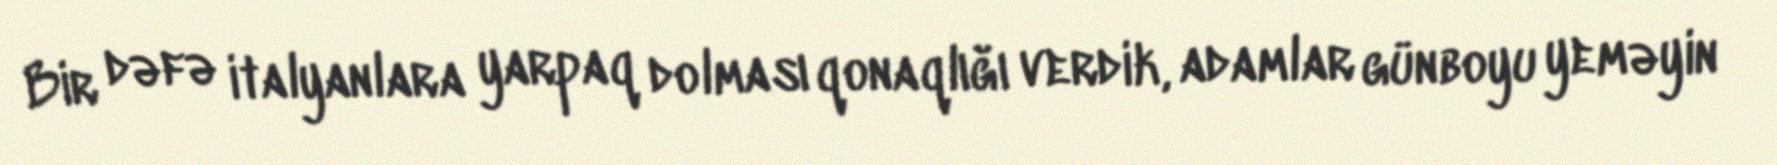
Bir dəfə italyanlara yarpaq dolması qonaqlığı verdik, adamlar günboyu yeməyin